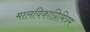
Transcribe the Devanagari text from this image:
मालविकाग्निमित्रम